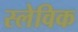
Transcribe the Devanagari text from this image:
स्लेविक